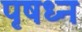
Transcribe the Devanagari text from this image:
पृषध्न